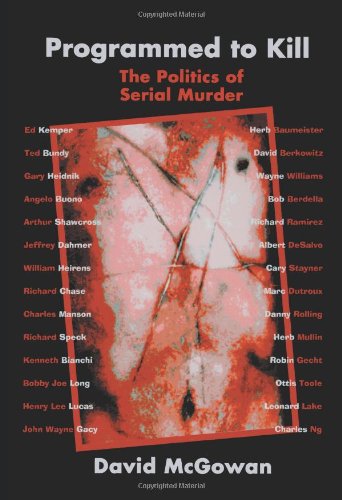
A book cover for Programmed to Kill: The Politics of Serial Murder; David McGowan; Biographies & Memoirs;